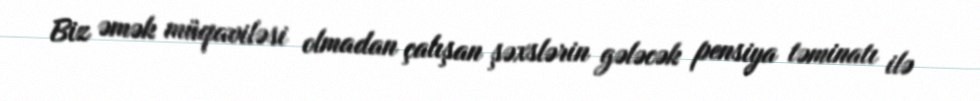
Biz əmək müqaviləsi olmadan çalışan şəxslərin gələcək pensiya təminatı ilə